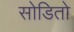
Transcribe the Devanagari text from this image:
सोडितो